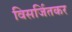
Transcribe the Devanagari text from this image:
विसर्जितकर